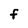
Character: F